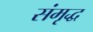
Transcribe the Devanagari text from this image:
संमृद्ध